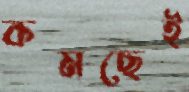
কমছেই